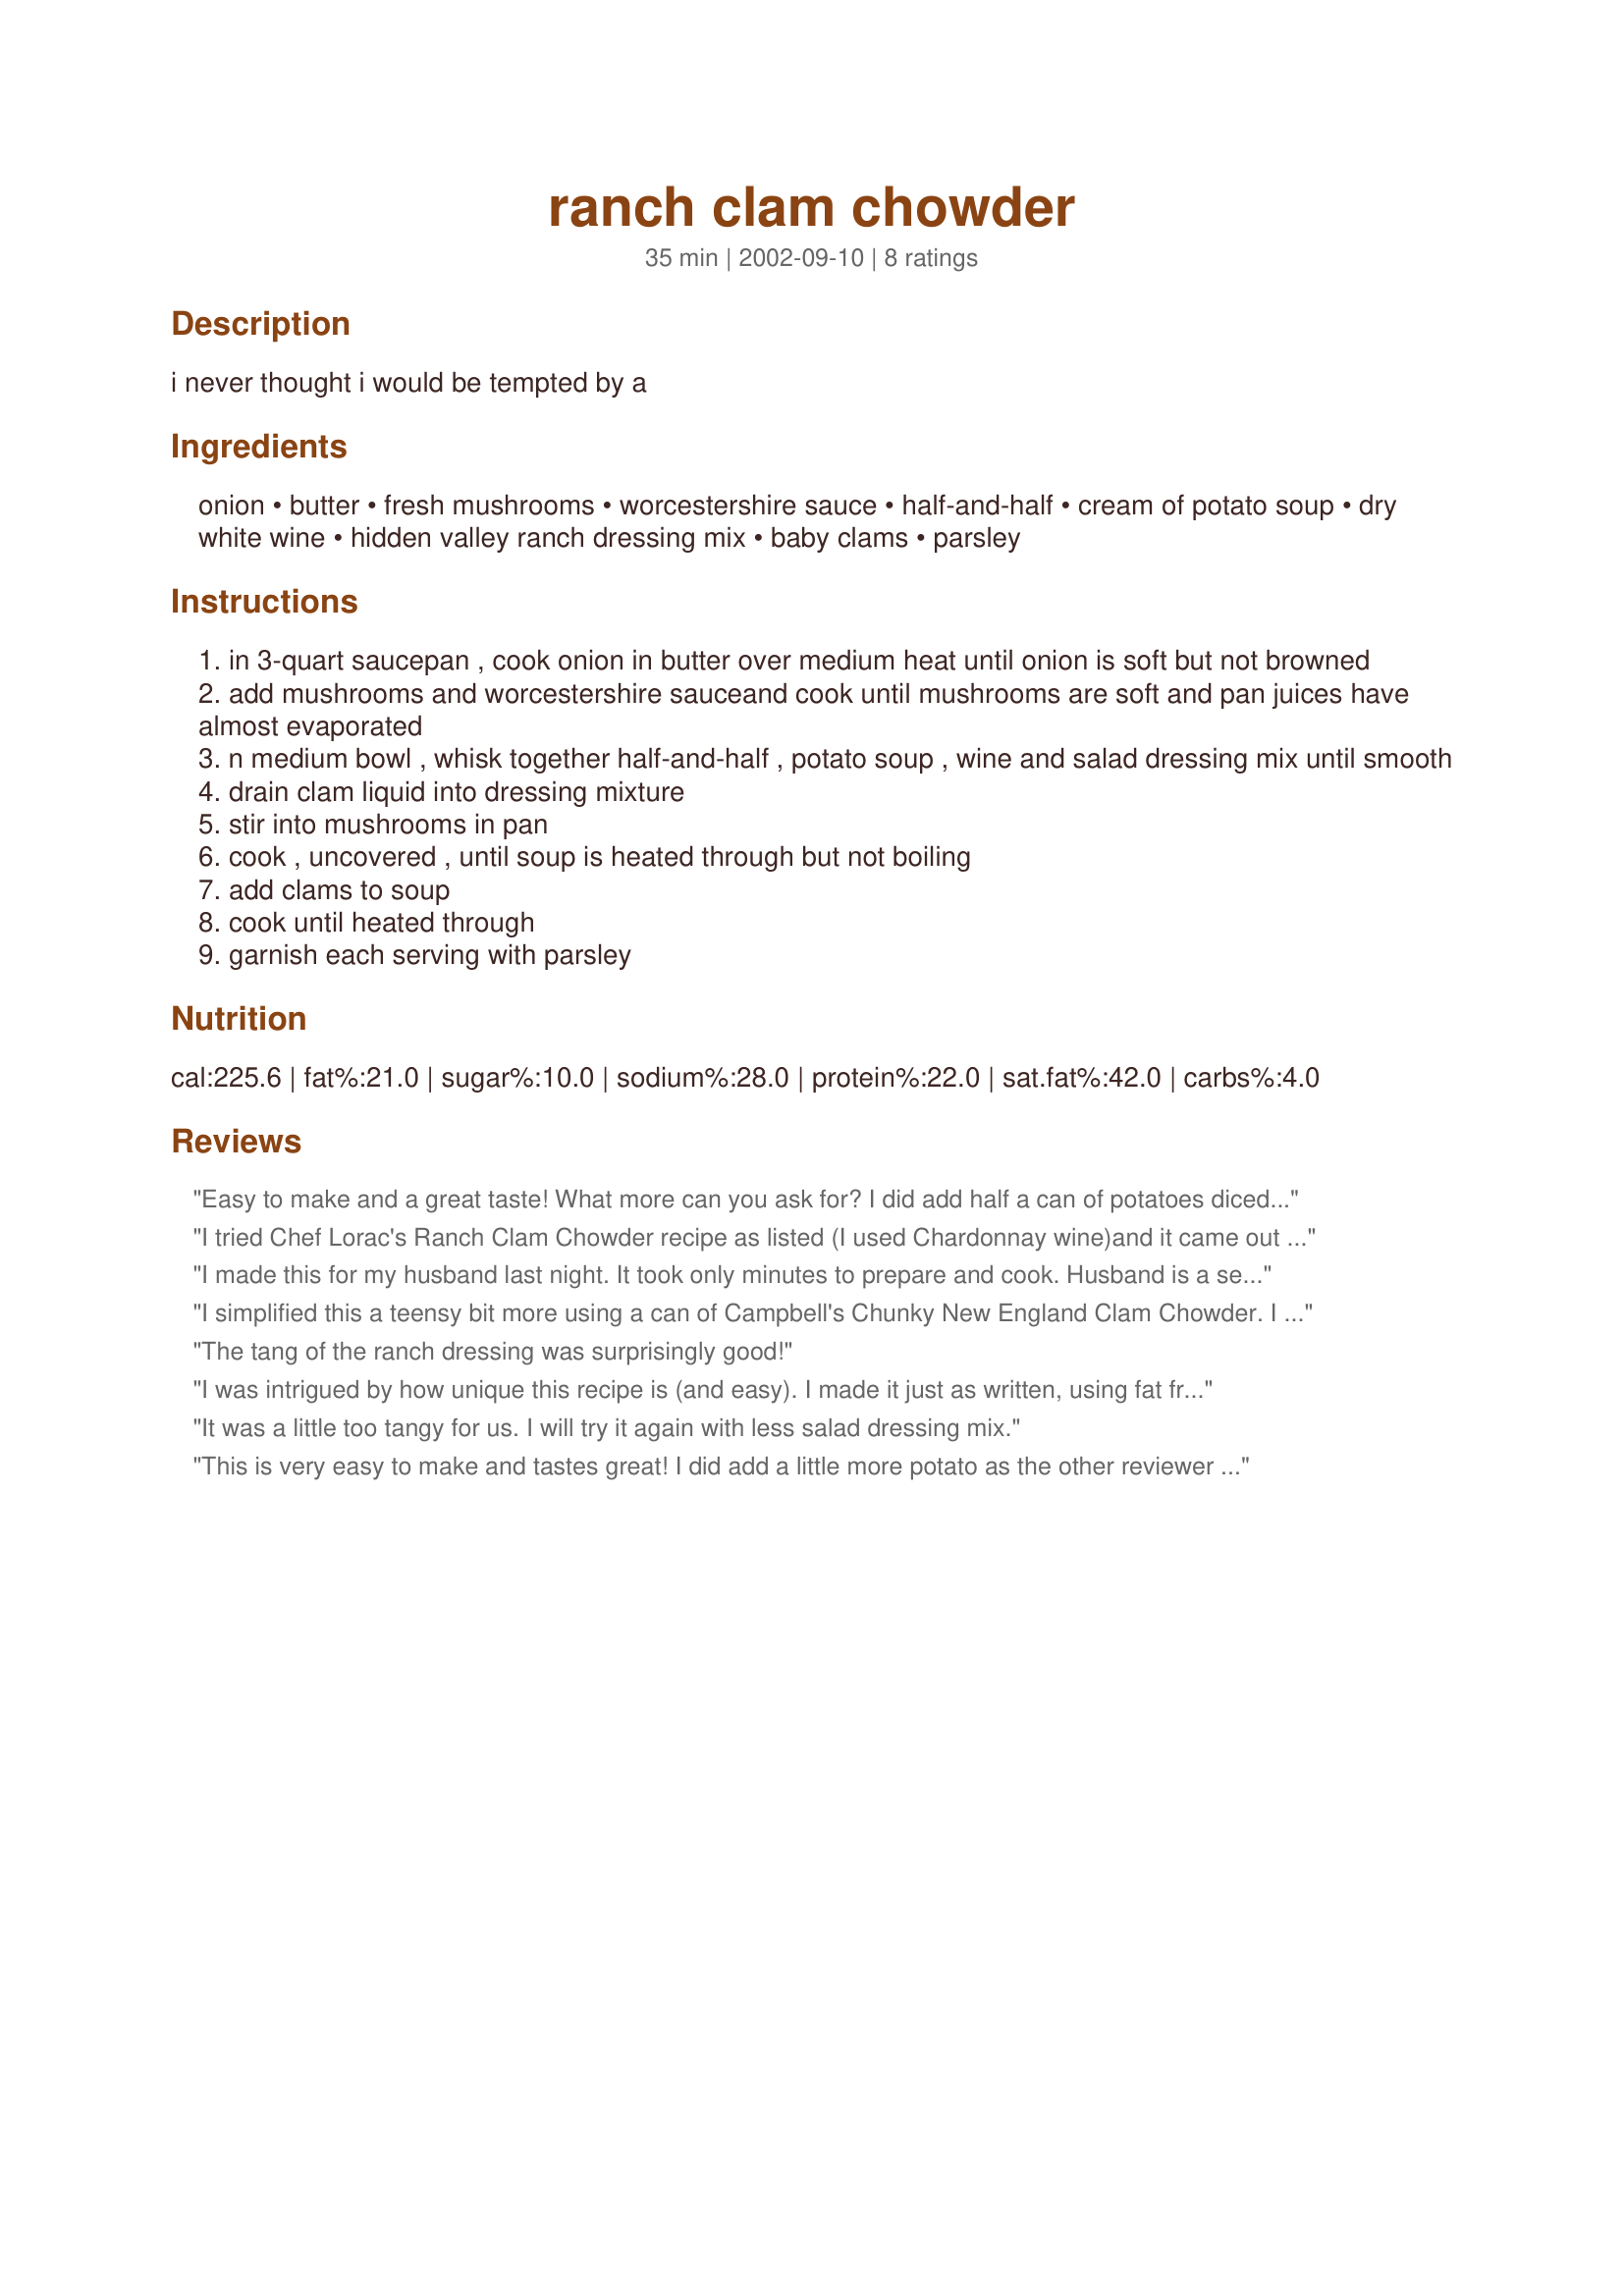
ranch clam chowder
Preparation time: 35 minutes

i never thought i would be tempted by a

Ingredients:
onion, butter, fresh mushrooms, worcestershire sauce, half-and-half, cream of potato soup, dry white wine, hidden valley ranch dressing mix, baby clams, parsley

Steps:
in 3-quart saucepan , cook onion in butter over medium heat until onion is soft but not browned
add mushrooms and worcestershire sauceand cook until mushrooms are soft and pan juices have almost evaporated
n medium bowl , whisk together half-and-half , potato soup , wine and salad dressing mix until smooth
drain clam liquid into dressing mixture
stir into mushrooms in pan
cook , uncovered , until soup is heated through but not boiling
add clams to soup
cook until heated through
garnish each serving with parsley

Reviews:
Easy to make and a great taste! What more can you ask for? I did add half a can of potatoes diced as DH likes lots of potatoes in his chowder. The only change I think I would make is to cut the Worcestershire sauce in half and see if that makes a difference on the "tang" factor. Thanks Lorac for the great recipe!
I tried Chef Lorac's Ranch Clam Chowder recipe as listed (I used Chardonnay wine)and it came out great. It was very easy and quick to make, but most importantly, it tasted wonderful. It was a dinner hit. I can see why Chef Lorac would add this recioe to his cook book. Vic B
I made this for my husband last night. It took only minutes to prepare and cook. Husband is a seafood lover from new york. He absolutely loved this and he is a die hard chowder critic. I did use chardonnay wine, and added a little more potatoe. Excellent recipe. Now I'm looking for a simple seafood stew (cioppino) recipe. Any suggestions?
I simplified this a teensy bit more using a can of Campbell's Chunky New England Clam Chowder. I didn't have dried ranch dip mix, so used 2 Tbl. prepared ranch salad dressing and it worked perfectly! I prefer my "soup" kinda thick, so ionly added 2 Tbl. each of the half and half and the dry white wine. Forgot to add the worcestershire, but it was really, really good!! Thanks so much!! Hope you get well soon!!
The tang of the ranch dressing was surprisingly good!
I was intrigued by how unique this recipe is (and easy). I made it just as written, using fat free half-and-half. It's quite good, but the ranch was just a bit much for me. I added a little sugar to remedy that. This is a wonderful recipe that I will make again. I will just either cut the amount of ranch mix in half or double the other ingredients. Thanx for a great "quick fix" clam chowder!
It was a little too tangy for us. I will try it again with less salad dressing mix. 


This is very easy to make and tastes great! I did add a little more potato as the other reviewer suggested but other than that I followed the recipe. Highly recommend this one!!
